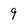
Character: 9